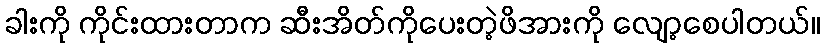
ခါးကို ကိုင်းထားတာက ဆီးအိတ်ကိုပေးတဲ့ဖိအားကို လျော့စေပါတယ်။